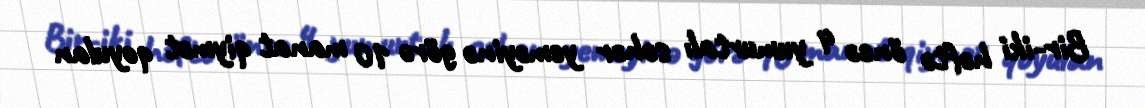
Bir-iki həftə öncə 4 yumurtalı səhər yeməyinə görə 10 manat qiymət qoyulan